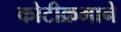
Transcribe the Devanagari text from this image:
कोटीक्रमाने